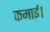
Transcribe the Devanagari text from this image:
कमाई।